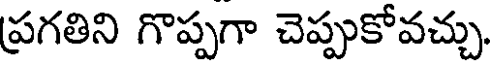
ప్రగతిని గొప్పగా చెప్పుకోవచ్చు.